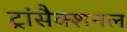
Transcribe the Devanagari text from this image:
ट्रांसैक्शनल